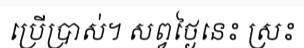
ប្រើប្រាស់។ សព្វថ្ងៃនេះ ស្រះ